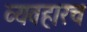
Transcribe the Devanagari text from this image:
व्यवहारच